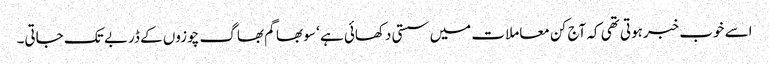
اسے خوب خبرہوتی تھی کہ آج کن معاملات میں سستی دکھائی ہے ‘ سو بھاگم بھاگ چوزوں کے ڈربے تک جاتی۔